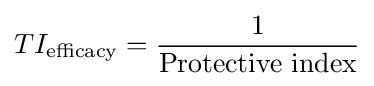
TI_{\text{efficacy}}={\frac {1}{\text{Protective index}}}